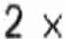
2 X